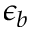
\epsilon _ { b }